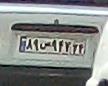
۸۹ص۴۹۲۳۴